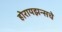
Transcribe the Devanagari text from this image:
होरायझन्सचे